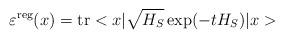
LaTeX: \begin{align*}\varepsilon^{\rm reg}(x)={\rm tr}<x|\sqrt{H_S}\exp(-tH_S)|x>\end{align*}